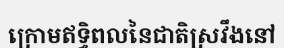
ក្រោមឥទ្ធិពលនៃជាតិស្រវឹងនៅ